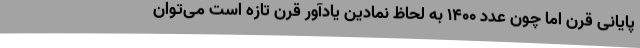
پایانی قرن اما چون عدد 1400 به لحاظ نمادین یادآور قرن تازه است می‌توان